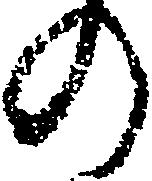
の